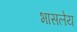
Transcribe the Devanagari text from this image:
भासलेय